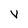
Character: V